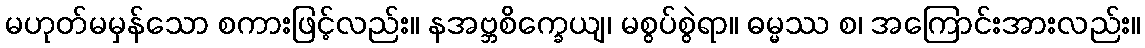
မဟုတ်မမှန်သော စကားဖြင့်လည်း။ နအဗ္ဘစိက္ခေယျ၊ မစွပ်စွဲရာ။ ဓမ္မဿ စ၊ အကြောင်းအားလည်း။